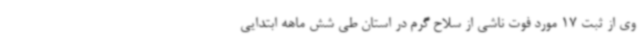
وی از ثبت 17 مورد فوت ناشی از سلاح گرم در استان طی شش ماهه ابتدایی